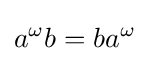
a^{\omega }b=ba^{\omega }